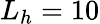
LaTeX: L_{h}=10